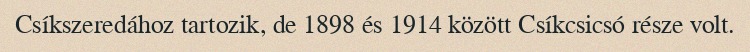
Csíkszeredához tartozik, de 1898 és 1914 között Csíkcsicsó része volt.